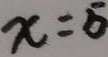
x = 5